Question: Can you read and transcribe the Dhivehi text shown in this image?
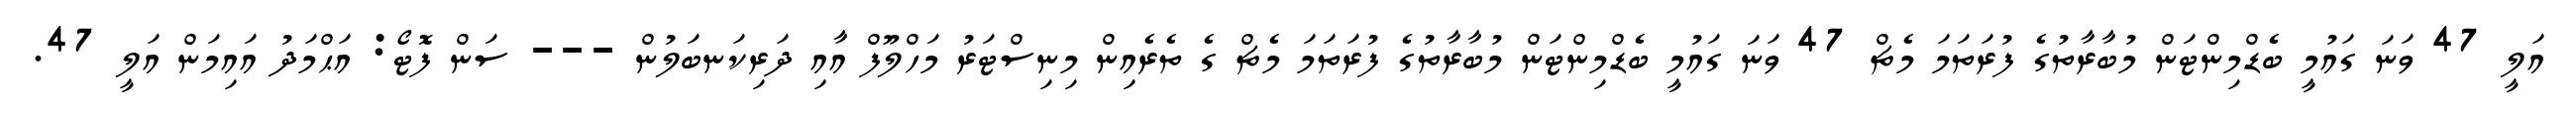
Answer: އަލީ 47 ވަނަ ގައުމީ ބެޑްމިންޓަން މުބާރާތުގެ ފުރަތަމަ މެޗް 47 ވަނަ ގައުމީ ބެޑްމިންޓަން މުބާރާތުގެ ފުރަތަމަ މެޗް ގެ ތެރެއިން މިނިސްޓަރު މަހްލޫފް އާއި ދަރިކަނބަލުން --- ސަން ފޮޓޯ: އަޙްމަދު އައިމަން އަލީ 47.